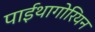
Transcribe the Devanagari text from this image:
पाईथागोरियन